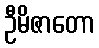
ဦမိဇာတော